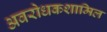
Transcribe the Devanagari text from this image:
अवरोधकशामिल